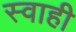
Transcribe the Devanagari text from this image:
स्वाही